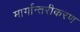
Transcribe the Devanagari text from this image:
मार्गान्तरीकरण